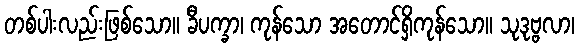
တစ်ပါးလည်းဖြစ်သော။ ခီပက္ခာ၊ ကုန်သော အတောင်ရှိကုန်သော။ သုဒုဗ္ဗလာ၊